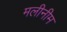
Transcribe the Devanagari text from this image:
मलीनीम